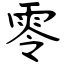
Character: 零